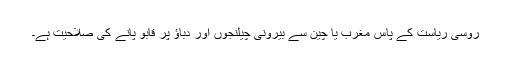
روسی ریاست کے پاس مغرب یا چین سے بیرونی چیلنجوں اور دباؤ پر قابو پانے کی صلاحیت ہے۔